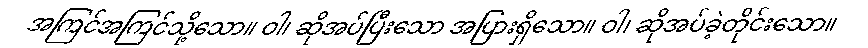
အကြင်အကြင်သို့သော။ ဝါ၊ ဆိုအပ်ပြီးသော အပြားရှိသော။ ဝါ၊ ဆိုအပ်ခဲ့တိုင်းသော။